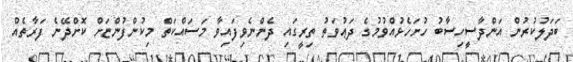
ބަދަލުކުރުން އަންދާސީހިސާބު ހުށަހެޅުއްވުމުގެ ދަޢުވަތު ތިރީގައި ދެންނެވިފައިވާ މަސައްކަތް މިކުންފުންޏަށް ކޮށްދޭނެ ފަރާތެއް